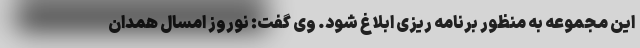
این مجموعه به منظور برنامه ریزی ابلاغ شود. وی گفت: نوروز امسال همدان